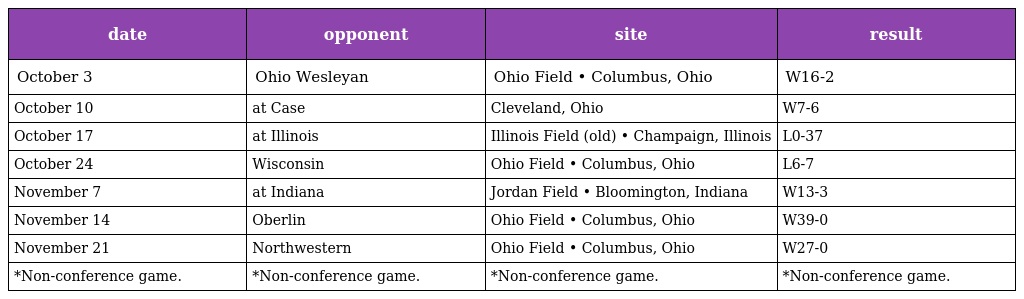
| date | opponent | site | result |
 | --- | --- | --- | --- |
 | October 3 | Ohio Wesleyan | Ohio Field • Columbus, Ohio | W16-2 |
 | October 10 | at Case | Cleveland, Ohio | W7-6 |
 | October 17 | at Illinois | Illinois Field (old) • Champaign, Illinois | L0-37 |
 | October 24 | Wisconsin | Ohio Field • Columbus, Ohio | L6-7 |
 | November 7 | at Indiana | Jordan Field • Bloomington, Indiana | W13-3 |
 | November 14 | Oberlin | Ohio Field • Columbus, Ohio | W39-0 |
 | November 21 | Northwestern | Ohio Field • Columbus, Ohio | W27-0 |
 | *Non-conference game. | *Non-conference game. | *Non-conference game. | *Non-conference game. |